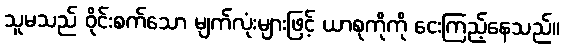
သူမသည် ဝိုင်းစက်သော မျက်လုံးများဖြင့် ယာစုကိုကို ငေးကြည့်နေသည်။